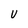
Character: V